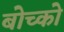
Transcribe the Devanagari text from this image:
बोच्को